Report on vaccination in Madras 1922-1929 - 1922-1929
Year: 1922
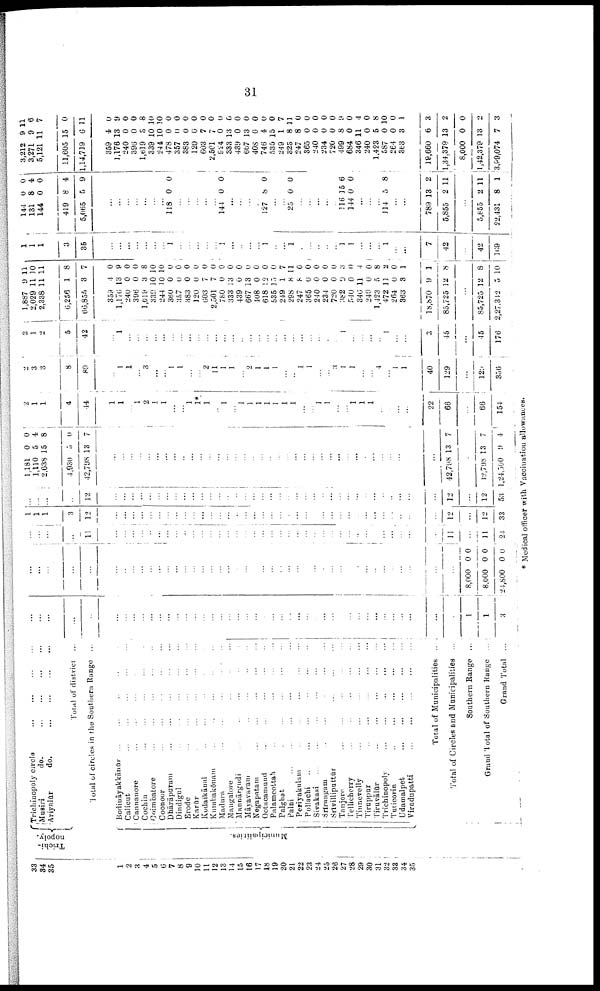
31
33
34
35
1
2
a
4
5
6
7
8
9
10
11
12
13
14
15
16
17
18
19
20
21
22
23
24
25
26
27
28
29
30
31
32
33
34
35
Trichi¬
nopoly.
Municipalities.
Trichinopoly circle
...
...
...
...
Musiri
do.
...
...
...
...
Ariyalūr
do.
...
...
...
...
Total of district ...
Total of circles in the Southern Range ...
Bodināyakkānūr ... ... ... ... ...
Calicut ... ... ... ... ...
Cannanore ... ... ...
Cochin
...
...
...
...
Coimbatore ... ... ... ... ...
Coonoor
...
... ... ...
Dhārāpuram ... ... ... ...
Dindigul ... ... ... ...
Erode
...
...
...
...
Karūr ... ... ... ...
Kodaikānal ... ... ... ...
Kumbakōnam ... ... ... ...
Madura ... ... ... ...
Mangalore ... ... ... ...
Mannārgudi ... ... ... ...
Māyavaram ... ... ... ...
Negapatam ... ... ... ...
Ootacamund ... ... ... ...
Palamcottah ... ... ... ...
Palghat
...
...
...
...
Palni
...
...
...
...
Periyakulam
...
...
...
...
Pollachi
...
...
...
...
...
Sivakasi
...
...
...
...
...
Srīrangam
...
...
...
...
...
Srīvilliputtūr
...
...
...
...
...
Tanjore
...
...
...
...
Tellicherry
...
...
...
...
...
Tinnevelly ... ... ... ... ...
Tiruppur
...
...
...
...
...
Tiruvālūr
...
...
...
...
...
Trichinopoly ... ... ... ...
Turicorin ... ... ... ...
Udamalpet
...
...
...
...
...
Viradupatti
...
...
...
...
...
Total of Municipalities
Total of Circles and Municipalities ...
Southern Range ...
Grand Total of Southern Range ...
Grand Total ...
...
...
...
...
...
...
...
...
...
...
...
...
...
...
...
...
...
...
...
...
...
...
...
...
...
...
...
...
...
...
...
...
...
...
...
...
...
...
...
...
...
...
1
1
3
...
...
...
...
...
...
...
...
...
...
...
...
...
...
...
...
...
...
...
...
...
...
...
...
...
...
...
...
...
...
...
...
...
...
...
...
...
...
...
...
...
...
8,000
8,000
24,800
0
0
0
0
0
0
...
...
...
...
11
...
...
...
...
...
...
...
...
...
...
...
...
...
...
...
...
...
...
...
... ...
...
...
...
...
...
...
...
...
...
...
...
...
...
...
...
11
...
11
24
1
1
1
3
12
...
...
...
...
...
...
...
...
...
...
...
...
...
...
...
...
...
...
...
...
...
...
...
...
...
...
...
...
...
...
...
...
...
...
...
...
12
...
12
33
...
...
...
...
12
...
...
...
...
...
...
...
...
...
...
...
...
...
...
...
...
...
...
...
...
...
...
...
...
...
...
...
...
...
...
...
...
...
...
...
...
12
...
12
53
1,181
1,110
2,638
4,930
42,798
0
5
15
5
13
0
4
8
0
7
...
...
...
...
...
...
...
...
...
...
...
...
...
...
...
...
...
...
...
...
...
...
...
...
...
...
...
...
...
...
...
...
...
...
...
...
42,798 13 7
...
42,798
1,24,500
13
9
7
4
2
1
1
4
44
1
1
...
1
2
1
1
...
...
1
1*
1
...
1
...
1
1
1
1
1
1
1
...
...
1
1
...
...
1
1
1
...
...
...
...
22
66
...
66
154
2
3
3
8
89
...
1
1
...
3
...
...
1
1
...
...
2
11
1
1
...
2
1
1
1
...
...
1
1
...
...
3
1
1
...
...
4
...
1
1
40
129
...
129
356
2
1
2
5
42
...
1
...
...
...
...
...
...
...
...
...
...
...
...
...
...
...
...
...
...
...
...
...
...
...
...
...
1
...
...
...
...
1
...
...
3
45
...
45
176
1,887
2,029
2,338
6,256
66,855
359
1,176
240
396
1,619
339
244
360
357
383
120
603
2,501
780
333
439
667
408
618
535
249
298
247
365
240
234
720
382
540
346
240
1,423
472
264
363
18,870
85,725
9
11
11
1
3
4
13
0
0
3
10
10
0
0
0
0
7
7
0
13
0
13
0
12
15
1
8
8
0
0
0
0
9
0
11
0
5
11
0
3
9
12
11
10
11
8
7
0
9
0
0
8
10
10
0
0
0
0
0
0
0
0
0
0
0
0
0
7
11
0
0
0
0
0
3
0
4
0
8
2
0
1
1
8
...
85,725
2,27,342
12
5
8
10
1
1
1
3
35
...
...
...
...
...
...
...
1
...
...
...
...
...
1
...
...
...
...
1
...
...
1
...
...
...
...
...
1
1
...
...
...
1
...
...
7
42
...
42
169
144
131
144
419
5,065
0
8
0
8
5
0
4
0
4
9
...
...
...
...
...
...
...
118 0 0
...
...
...
...
...
144 0 0
...
...
...
...
127 8 0
...
...
25 0 0
...
...
...
...
...
116
144
15
0
6
0
...
...
...
114 5 8
...
...
789
5,855
13
2
2
11
...
5,855
22,431
2
8
11
1
3,212
3,271
5,121
11,605
1,14,719
359
1,176
240
396
1,619
339
244
478
357
383
120
603
2,501
924
333
439
667
408
746
535
249
323
247
365
240
234
720
499
684
346
240
1,423
587
264
363
19,660
1,34,379
8,000
1,42,379
3,99,074
9
9
11
15
6
4
13
0
0
5
10
10
0
0
0
0
7
7
0
13
0
13
0
4
15
1
8
8
0
0
0
0
8
0
11
0
5
0
0
3
6
13
0
13
7
11
6
7
0
11
0
9
0
0
8
10
10
0
0
0
0
0
0
0
6
0
0
0
0
0
7
11
0
0
0
0
0
9
0
4
0
8
10
0
1
3
2
0
2
3
* Medical officer with Vaccination allowances.